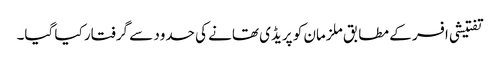
تفتیشی افسر کے مطابق ملزمان کو پریڈی تھانے کی حدود سے گرفتار کیا گیا۔